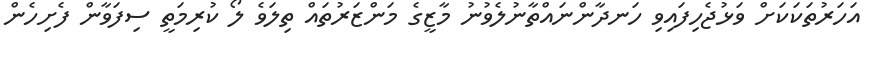
އަހަރުތަކަކަށް ވަޅުޖެހިފައިވި ހަނދާންނައްތާނުލެވުނު މާޒީގެ މަންޒަރުތައް ތިލަވެ ލޯ ކުރިމަތީ ސިފަވާން ފެށިހެން